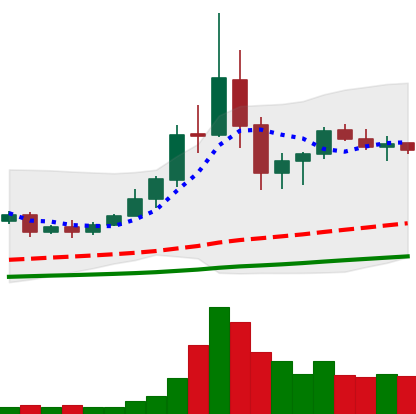
Ticker: TRX-USD
Chart end date: 2020-09-12
Forward return: -14.184%
Label: down_7plus